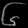
Digit: ၆